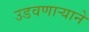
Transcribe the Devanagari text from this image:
उडवणाऱ्याने